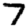
Digit: 7